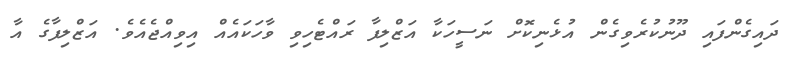
ދައިގެންފައި ދޫނުކުރެވިގެން އުޅެނިކޮށް ނަސީހަކާ އަޒްލިފާ ރައްޓެހިވި ވާހަކައެއް އިވިއްޖެއެވެ. އަޒްލިފާގެ އާ